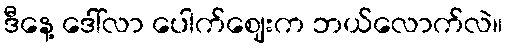
ဒီနေ့ ဒေါ်လာ ပေါက်ဈေးက ဘယ်လောက်လဲ။